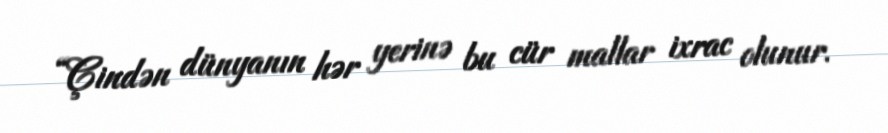
“Çindən dünyanın hər yerinə bu cür mallar ixrac olunur.